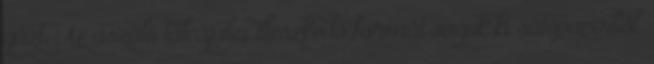
gázt. Az aszaló tálcájába illeszkedő formát vágok ki sütőpapírból.